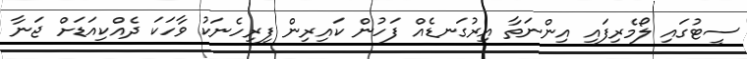
ސީޓުގައި ލޯމެރިފައި އިންނަތާ އިރުގަނޑެއް ފަހުން ކައިރިން ފިރިހެނަކު ވާހަކަ ދެއްކިއަޑަށް ޖަނާ